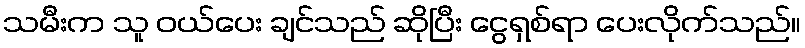
သမီးက သူ ဝယ်ပေး ချင်သည် ဆိုပြီး ငွေရှစ်ရာ ပေးလိုက်သည်။